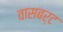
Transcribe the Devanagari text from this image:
वासबर्ट